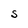
Character: S